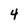
Character: 4